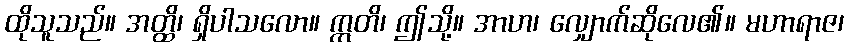
ထိုသူသည်။ အတ္ထိ၊ ရှိပါသလော။ ဣတိ၊ ဤသို့။ အာဟ၊ လျှောက်ဆိုလေ၏။ မဟာရာဇ၊